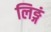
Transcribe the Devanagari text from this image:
लिङ्गं